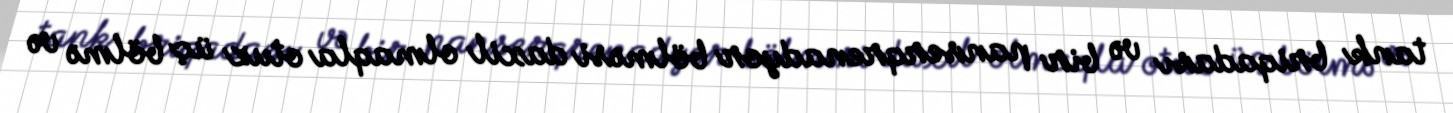
tank briqadası və bir panserqrenadyor bölməsi daxil olmaqla otuz üç bölmə və